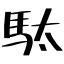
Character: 駄